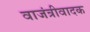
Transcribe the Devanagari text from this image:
वाजंत्रीवादक